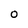
Character: O